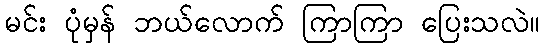
မင်း ပုံမှန် ဘယ်လောက် ကြာကြာ ပြေးသလဲ။